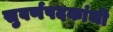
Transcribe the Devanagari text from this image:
सुवर्णपदकांची